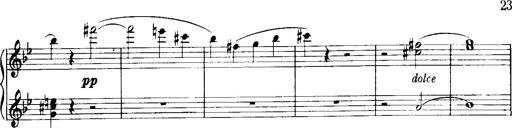
Title: Historische ungarische Bildnisse
Composer: Franz Liszt